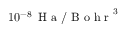
1 0 ^ { - 8 } \, \mathrm { ~ H ~ a ~ / ~ B ~ o ~ h ~ r ~ } ^ { 3 }